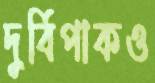
দুর্বিপাকও